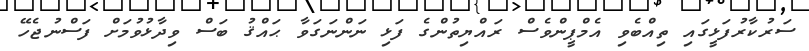
ސަރުކާރުފަޅީގައި ތިއްބެވި އެމްޕީންވެސް ރައްޔިތުންގެ ފަޅި ނަންނަގަވާ ޙައްޤު ބަސް ވިދާޅުވުމަށް ފަސްނުޖެހޭ